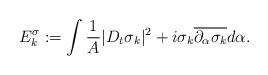
LaTeX: \begin{align*}E_k^{\sigma}:=\int \frac{1}{A}|D_t\sigma_k|^2+i\sigma_k \overline{\partial_{\alpha}\sigma_k}d\alpha.\end{align*}